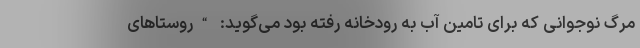
مرگ نوجوانی که برای تامین آب به رودخانه رفته بود می‌گوید: “روستاهای